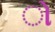
ો